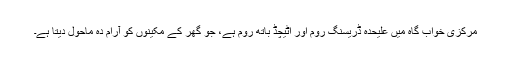
مرکزی خواب گاہ میں علیحدہ ڈریسنگ روم اور اٹیچڈ باتھ روم ہے، جو گھر کے مکینوں کو آرام دہ ماحول دیتا ہے۔